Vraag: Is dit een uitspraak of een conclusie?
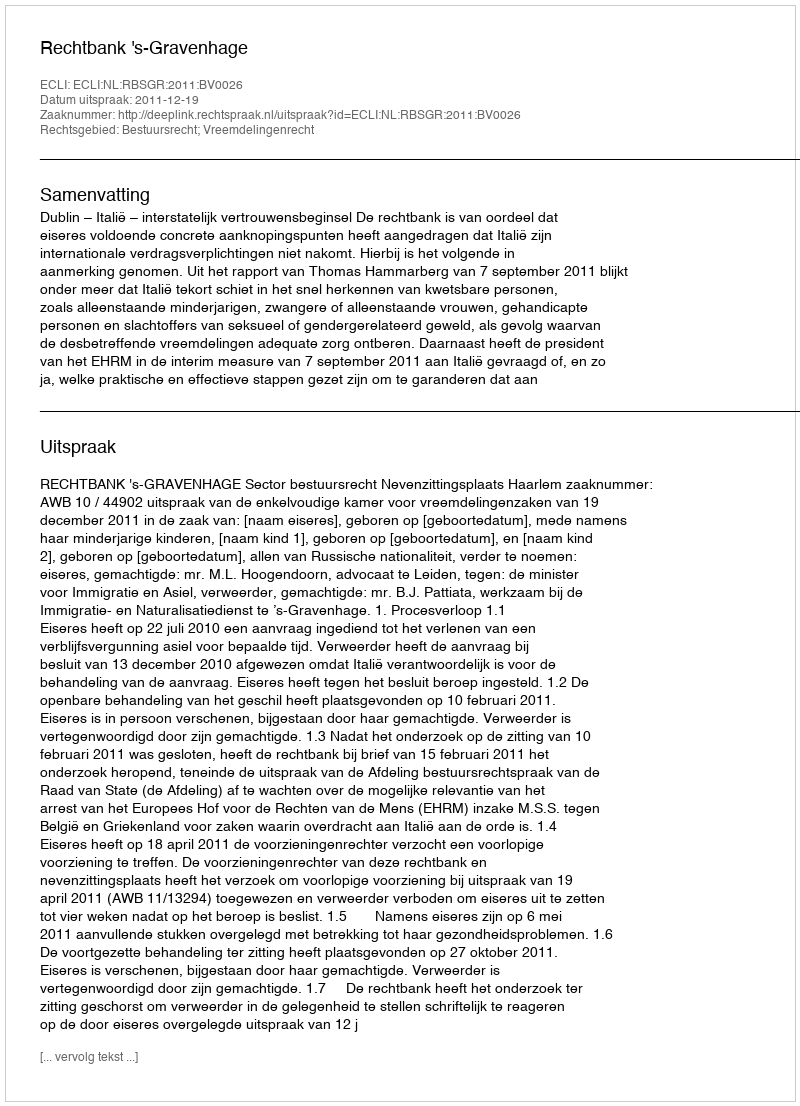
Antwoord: Uitspraak